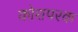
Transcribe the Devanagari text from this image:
कोशपरक